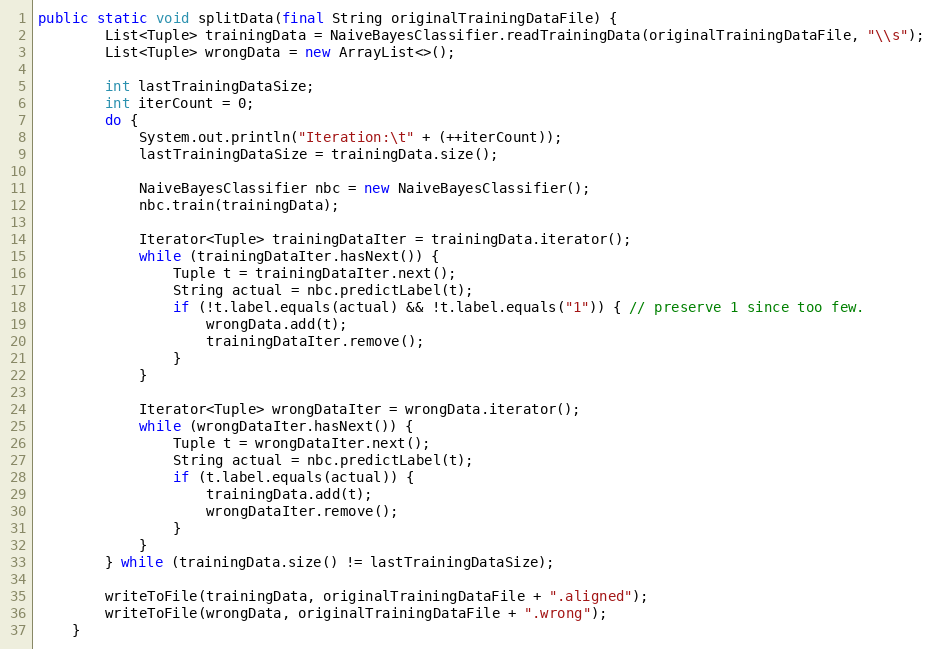
Language: Java
public static void splitData(final String originalTrainingDataFile) {
        List<Tuple> trainingData = NaiveBayesClassifier.readTrainingData(originalTrainingDataFile, "\\s");
        List<Tuple> wrongData = new ArrayList<>();

        int lastTrainingDataSize;
        int iterCount = 0;
        do {
            System.out.println("Iteration:\t" + (++iterCount));
            lastTrainingDataSize = trainingData.size();

            NaiveBayesClassifier nbc = new NaiveBayesClassifier();
            nbc.train(trainingData);

            Iterator<Tuple> trainingDataIter = trainingData.iterator();
            while (trainingDataIter.hasNext()) {
                Tuple t = trainingDataIter.next();
                String actual = nbc.predictLabel(t);
                if (!t.label.equals(actual) && !t.label.equals("1")) { // preserve 1 since too few.
                    wrongData.add(t);
                    trainingDataIter.remove();
                }
            }

            Iterator<Tuple> wrongDataIter = wrongData.iterator();
            while (wrongDataIter.hasNext()) {
                Tuple t = wrongDataIter.next();
                String actual = nbc.predictLabel(t);
                if (t.label.equals(actual)) {
                    trainingData.add(t);
                    wrongDataIter.remove();
                }
            }
        } while (trainingData.size() != lastTrainingDataSize);

        writeToFile(trainingData, originalTrainingDataFile + ".aligned");
        writeToFile(wrongData, originalTrainingDataFile + ".wrong");
    }